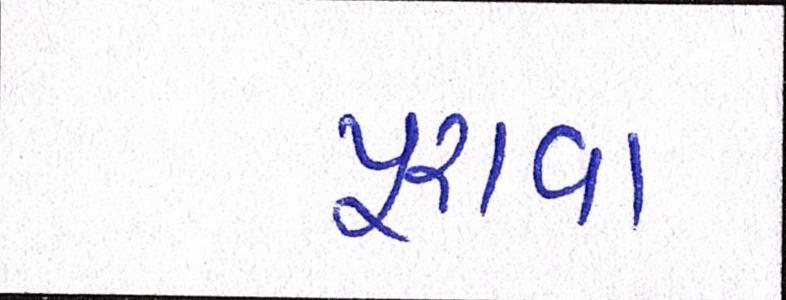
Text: પૂરાવા